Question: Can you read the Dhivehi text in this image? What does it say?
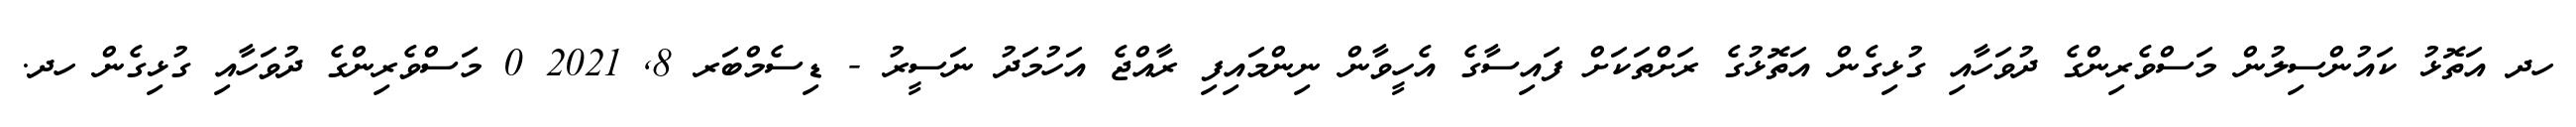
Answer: ހދ އަތޮޅު ކައުންސިލުން މަސްވެރިންގެ ދުވަހާއި ގުޅިގެން އަތޮޅުގެ ރަށްތަކަށް ފައިސާގެ އެހީވާން ނިންމައިފި ރާއްޖެ އަހުމަދު ނަސީރު - ޑިސެމްބަރ 8, 2021 0 މަސްވެރިންގެ ދުވަހާއި ގުޅިގެން ހދ.